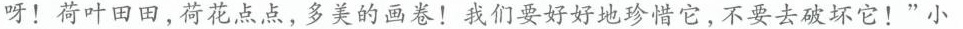
呀！荷叶田田，荷花点点，多美的画卷！我们要好好地珍惜它，不要去破坏它！”小